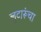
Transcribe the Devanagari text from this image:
लुटारूंचा